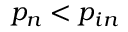
p _ { n } < p _ { i n }